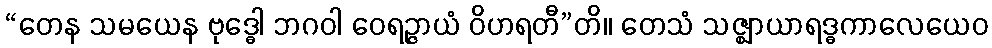
“တေန သမယေန ဗုဒ္ဓေါ ဘဂဝါ ဝေရဉ္ဇာယံ ဝိဟရတီ”တိ။ တေသံ သဇ္ဈာယာရဒ္ဓကာလေယေဝ